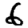
Digit: 6